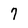
Character: 7